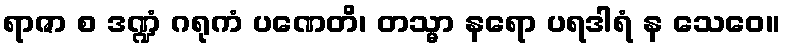
ရာဇာ စ ဒဏ္ဍံ ဂရုကံ ပဏေတိ၊ တသ္မာ နရော ပရဒါရံ န သေဝေ။